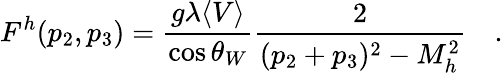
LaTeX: F^{h}(p_{2},p_{3})={\frac{g\lambda\langle V\rangle}{\cos\theta_{W}}}{\frac{2}{(p_{2}+p_{3})^{2}-M_{h}^{2}}}\quad.